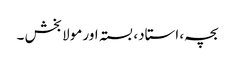
بچہ، استاد، بستہ اور مولا بخش ۔